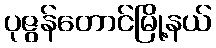
ပုဇွန်တောင်မြို့နယ်